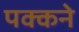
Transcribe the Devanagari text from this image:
पक्कने